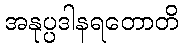
အနုပ္ပဒါနရတောတိ